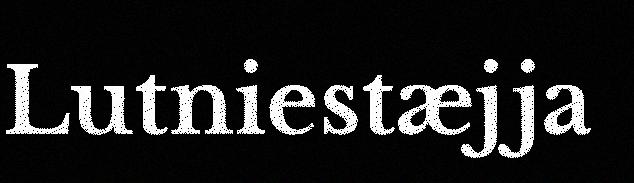
Lutniestæjja